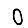
Digit: 0